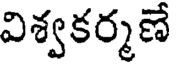
విశ్వకర్మణే